Indian journal of veterinary science and animal husbandry - Volume 8,
Year: 1938
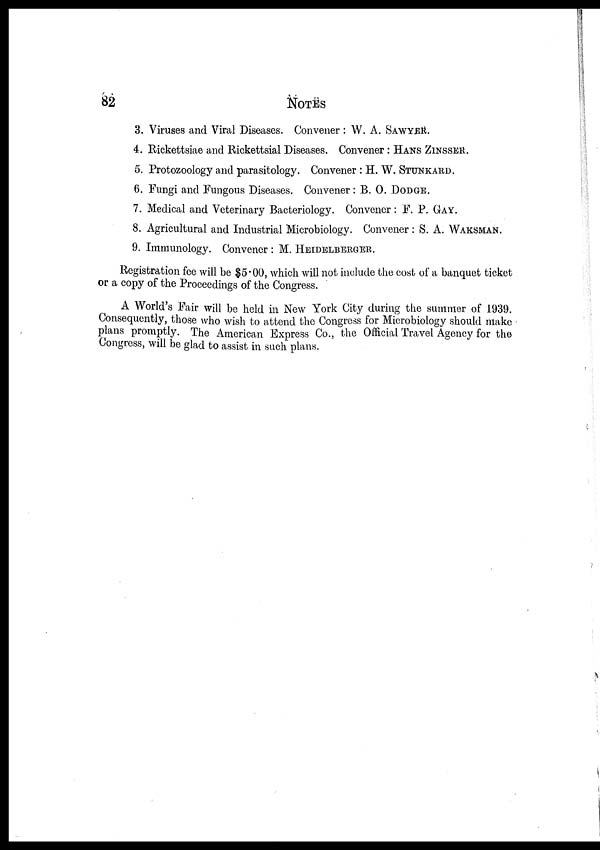
82
NOTES
3. Viruses and Viral Diseases. Convener : W. A. SAWYER.
4. Rickettsiae and Rickettsial Diseases. Convener : HANS ZINSSER.
5. Protozoology and parasitology. Convener : H. W. STUNKARD.
6. Fungi and Fungous Diseases. Convener : B. O. DODGE.
7. Medical and Veterinary Bacteriology. Convener : F. P. GAY.
8. Agricultural and Industrial Microbiology. Convener : S. A. WAKSMAN.
9. Immunology. Convener : M. HEIDELBERGER.
Registration fee will be $5.00, which will not include the cost of a banquet ticket
or a copy of the Proceedings of the Congress.
A World's Fair will be held in New York City during the summer of 1939.
Consequently, those who wish to attend the Congress for Microbiology should make
plans promptly. The American Express Co., the Official Travel Agency for the
Congress, will be glad to assist in such plans.